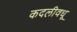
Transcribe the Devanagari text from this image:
कदलीवधू